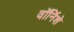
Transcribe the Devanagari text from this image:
वॉर्निशे